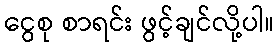
ငွေစု စာရင်း ဖွင့်ချင်လို့ပါ။